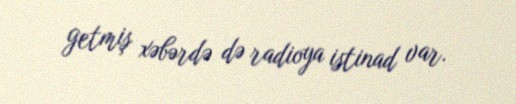
getmiş xəbərdə də radioya istinad var.